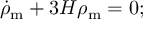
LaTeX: { \dot { \rho } } _ { \mathrm { { m } } } + 3 H \rho _ { \mathrm { { m } } } = 0 ;